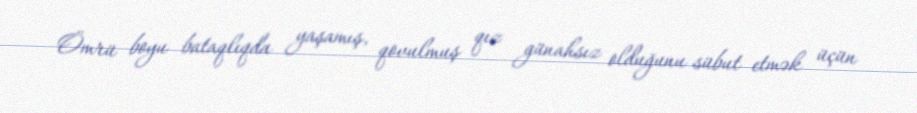
Ömrü boyu bataqlıqda yaşamış, qovulmuş qız günahsız olduğunu sübut etmək üçün